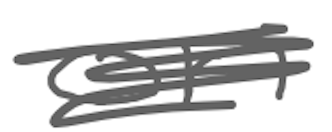
Text: on
Cross-out: scratch
Writing tool: digital_gray